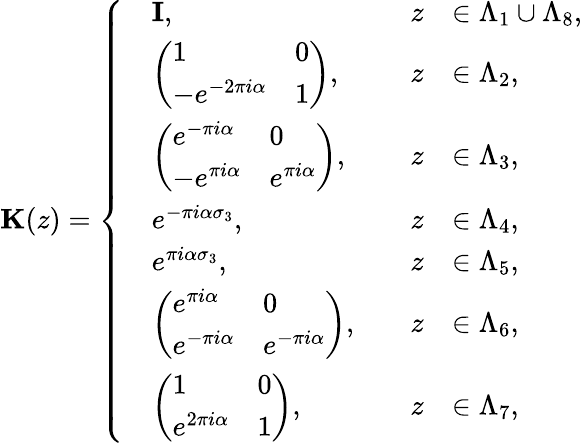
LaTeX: \mathbf{K}(z)=\left\{ \begin{array}{rlrl}&{\mathbf{I},\quad}&{z}&{\in\Lambda_{1}\cup\Lambda_{8},}\\ &{\left(\begin{array}{ll}{1}&{0}\\ {-e^{-2\pi i\alpha}}&{1}\end{array}\right),\quad}&{z}&{\in\Lambda_{2},}\\ &{\left(\begin{array}{ll}{e^{-\pi i\alpha}}&{0}\\ {-e^{\pi i\alpha}}&{e^{\pi i\alpha}}\end{array}\right),\quad}&{z}&{\in\Lambda_{3},}\\ &{e^{-\pi i\alpha\sigma_{3}},\quad}&{z}&{\in\Lambda_{4},}\\ &{e^{\pi i\alpha\sigma_{3}},\quad}&{z}&{\in\Lambda_{5},}\\ &{\left(\begin{array}{ll}{e^{\pi i\alpha}}&{0}\\ {e^{-\pi i\alpha}}&{e^{-\pi i\alpha}}\end{array}\right),\quad}&{z}&{\in\Lambda_{6},}\\ &{\left(\begin{array}{ll}{1}&{0}\\ {e^{2\pi i\alpha}}&{1}\end{array}\right),\quad}&{z}&{\in\Lambda_{7},}\end{array}\right.